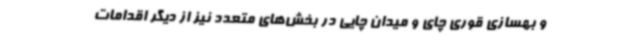
و بهسازی قوری چای و میدان چایی در بخش‌های متعدد نیز از دیگر اقدامات